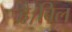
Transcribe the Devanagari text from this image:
है।बिल